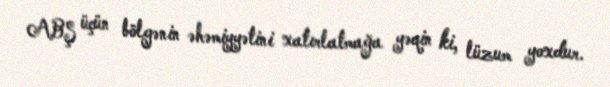
ABŞ üçün bölgənin əhəmiyyətini xatırlatmağa yəqin ki, lüzum yoxdur.